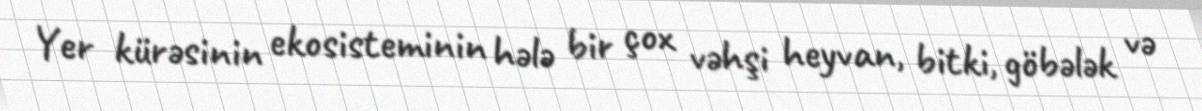
Yer kürəsinin ekosisteminin hələ bir çox vəhşi heyvan, bitki, göbələk və